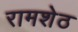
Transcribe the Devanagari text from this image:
रामशेठ